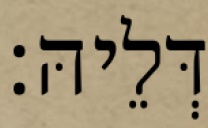
דְּלֵיהּ׃